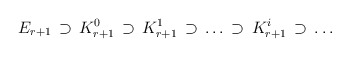
\begin{align*}E_{r+1} \, \supset \,K^{0}_{r+1} \, \supset \, K^{1}_{r+1}\, \supset \, \dots \, \supset \, K^{i}_{r+1}\, \supset \, \dots\end{align*}